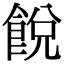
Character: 䬽